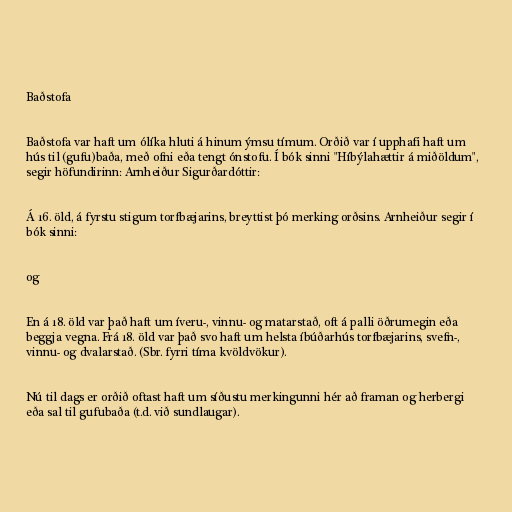
Baðstofa

Baðstofa var haft um ólíka hluti á hinum ýmsu tímum. Orðið var í upphafi haft um
hús til (gufu)baða, með ofni eða tengt ónstofu. Í bók sinni "Híbýlahættir á miðöldum",
segir höfundirinn: Arnheiður Sigurðardóttir:

Á 16. öld, á fyrstu stigum torfbæjarins, breyttist þó merking orðsins. Arnheiður segir í
bók sinni:

og

En á 18. öld var það haft um íveru-, vinnu- og matarstað, oft á palli öðrumegin eða
beggja vegna. Frá 18. öld var það svo haft um helsta íbúðarhús torfbæjarins, svefn-,
vinnu- og dvalarstað. (Sbr. fyrri tíma kvöldvökur).

Nú til dags er orðið oftast haft um síðustu merkingunni hér að framan og herbergi
eða sal til gufubaða (t.d. við sundlaugar).